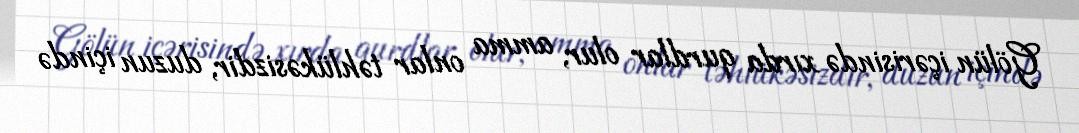
Gölün içərisində xırda qurdlar olur, amma onlar təhlükəsizdir, duzun içində